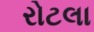
રોટલા